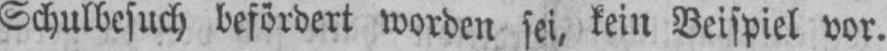
Schulbesuch befördert worden sei, kein Beispiel vor.